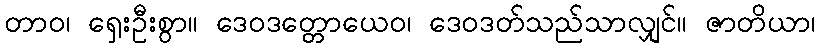
တာဝ၊ ရှေးဦးစွာ။ ဒေဝဒတ္တောယေဝ၊ ဒေဝဒတ်သည်သာလျှင်။ ဇာတိယာ၊